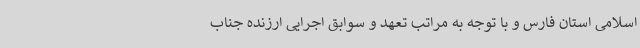
اسلامی استان فارس و با توجه به مراتب تعهد و سوابق اجرایی ارزنده جناب